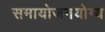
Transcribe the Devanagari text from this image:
समायोजनयोग्‍य